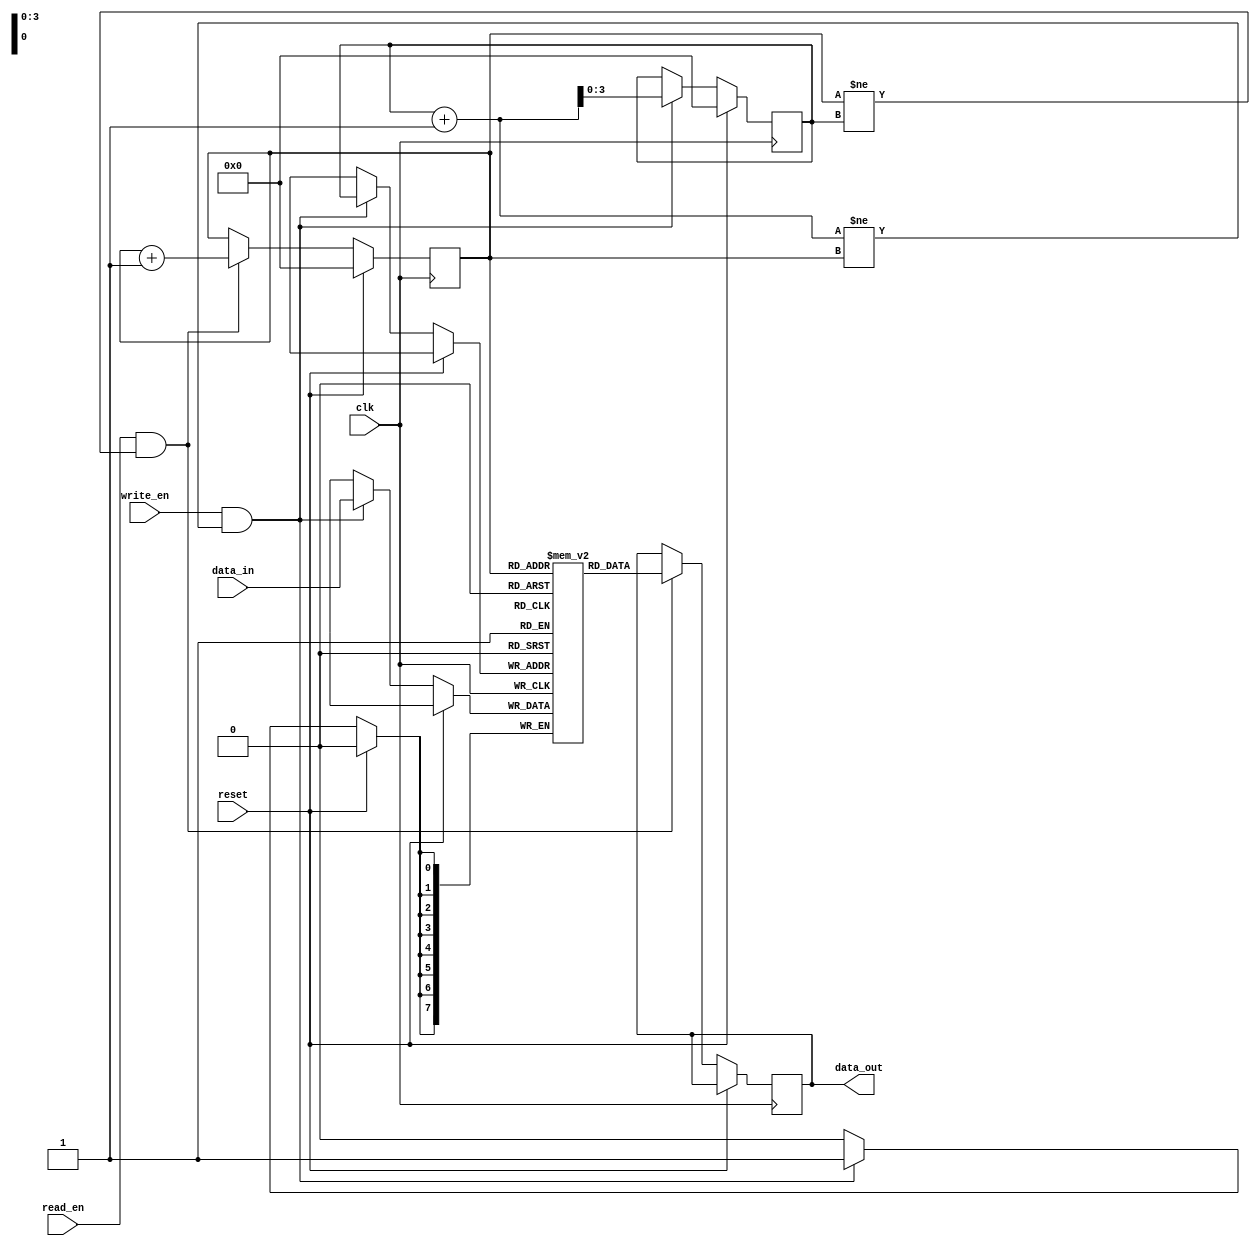
module FIFO_buffer(
  input wire clk, // clock input
  input wire reset, // reset input
  input wire read_en, // read enable input
  input wire write_en, // write enable input
  input wire [7:0] data_in, // data input
  output reg [7:0] data_out // data output
);

reg [7:0] buffer [0:15]; // FIFO buffer with a depth of 16

reg [3:0] read_ptr = 4'd0; // read pointer initialized to 0
reg [3:0] write_ptr = 4'd0; // write pointer initialized to 0

always @(posedge clk) begin
  if (reset) begin
    read_ptr <= 4'd0;
    write_ptr <= 4'd0;
  end else begin
    if (read_en && (read_ptr != write_ptr)) begin
      data_out <= buffer[read_ptr];
      read_ptr <= read_ptr + 1;
    end
    
    if (write_en && ((write_ptr+1) != read_ptr)) begin
      buffer[write_ptr] <= data_in;
      write_ptr <= write_ptr + 1;
    end
  end
end

endmodule